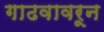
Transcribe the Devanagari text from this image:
गाढवावरून